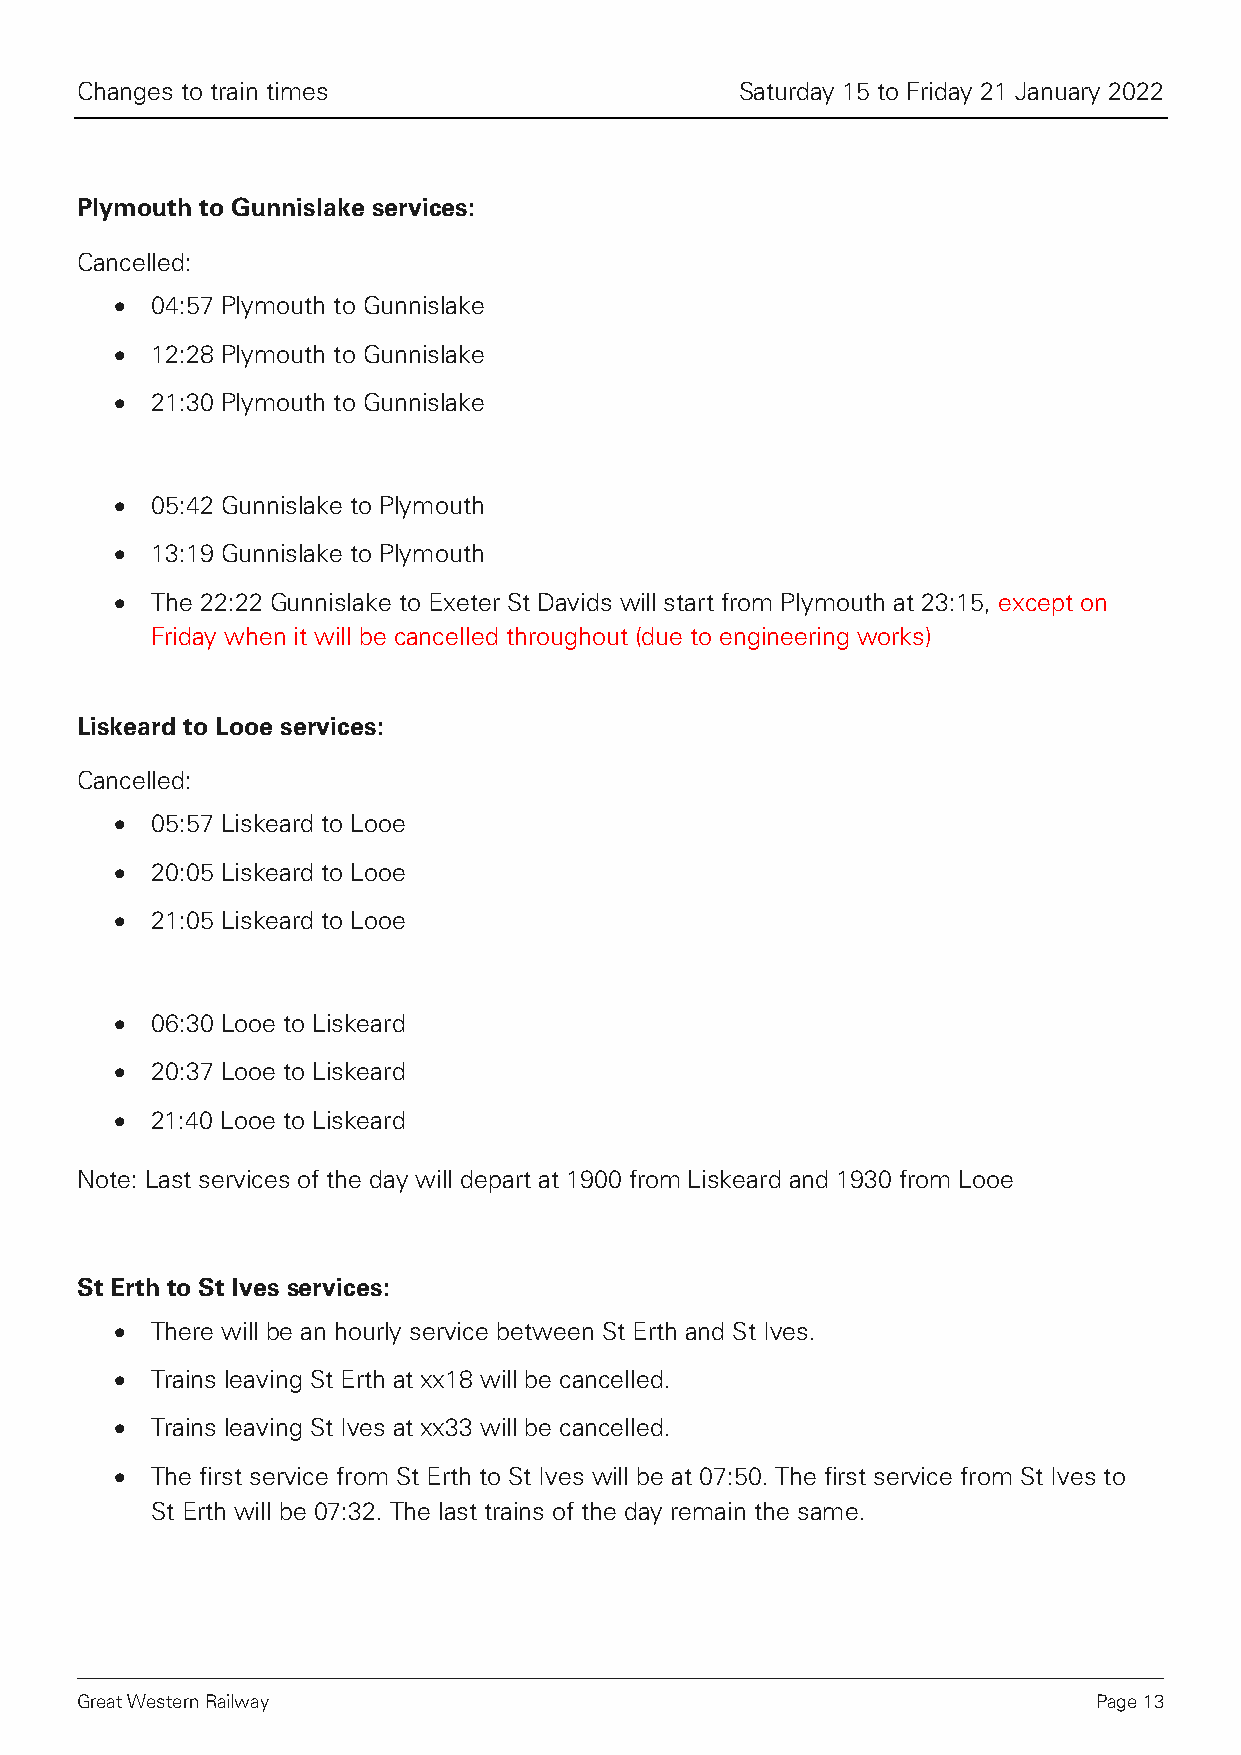
Changes to train times                      Saturday 15 to Friday 21 January 2022
 Plymouth to Gunnislake services:
 Cancelled:
 • 04:57 Plymouth to Gunnislake
 • 12:28 Plymouth to Gunnislake
 • 21:30 Plymouth to Gunnislake
 • 05:42 Gunnislake to Plymouth
 • 13:19 Gunnislake to Plymouth
 • The 22:22 Gunnislake to Exeter St Davids will start from Plymouth at 23:15, except on
 Friday when it will be cancelled throughout (due to engineering works)
 Liskeard to Looe services:
 Cancelled:
 • 05:57 Liskeard to Looe
 • 20:05 Liskeard to Looe
 • 21:05 Liskeard to Looe
 • 06:30 Looe to Liskeard
 • 20:37 Looe to Liskeard
 • 21:40 Looe to Liskeard
 Note: Last services of the day will depart at 1900 from Liskeard and 1930 from Looe
 St Erth to St Ives services:
 • There will be an hourly service between St Erth and St Ives.
 • Trains leaving St Erth at xx18 will be cancelled.
 • Trains leaving St Ives at xx33 will be cancelled.
 • The first service from St Erth to St Ives will be at 07:50. The first service from St Ives to
 St Erth will be 07:32. The last trains of the day remain the same.
 Great Western Railway                                               Page 13